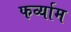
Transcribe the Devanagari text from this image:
फर्व्याम